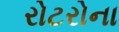
રોટરોના